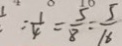
= \frac { 1 } { 4 } = \frac { 5 } { 8 } = \frac { 5 } { 1 6 }